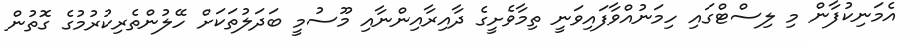
އެމަނިކުފާން މި ލިސްޓްގައި ހިމަނުއްވާފައިވަނީ ތިމާވެށީގެ ދާއިރާއިންނާއި މޫސުމީ ބަދަލުތަކަށް ހޭލުންތެރިކުރުމުގެ ގޮތުން